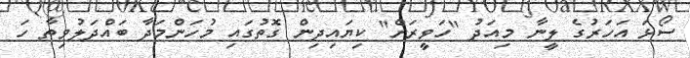
ސޯޅަ އަހަރުގެ ލީނާ މިއަދު "ހަވީރަށް" ކިޔައިދިން ގޮތުގައި މުހަންމަދާ ބައްދަލުވިތާ ހަ